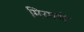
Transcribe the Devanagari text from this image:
मिरगणे